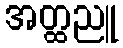
အတ္ထညူ